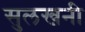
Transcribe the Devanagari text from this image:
सुलखनी